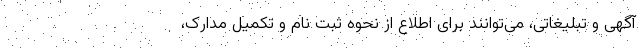
آگهی و تبلیغاتی، می‌توانند برای اطلاع از نحوه ثبت نام و تکمیل مدارک،